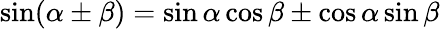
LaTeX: \sin(\alpha\pm\beta)=\sin\alpha\cos\beta\pm\cos\alpha\sin\beta